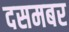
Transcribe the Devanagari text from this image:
दसमबर